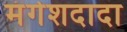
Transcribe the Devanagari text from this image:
मंगेशदादा